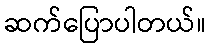
ဆက်ပြောပါတယ်။